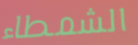
الشمطاء